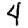
Digit: 4